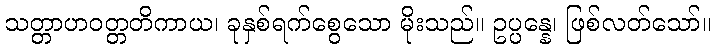
သတ္တာဟဝတ္တတိကာယ၊ ခုနှစ်ရက်စွေသော မိုးသည်။ ဥပ္ပန္နေ၊ ဖြစ်လတ်သော်။